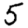
Digit: 5